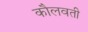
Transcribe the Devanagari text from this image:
कौलवती